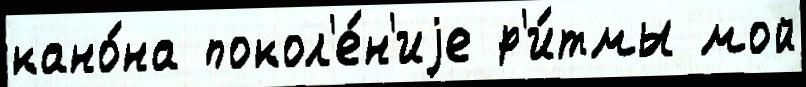
кано́на покол'е́н'иjе р'и́тмы мой